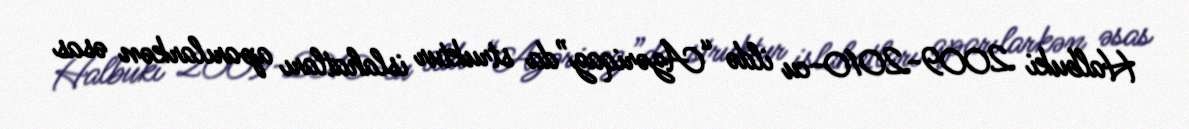
Halbuki 2009-2010-cu ildə “Azəriqaz”da struktur islahatları aparılarkən əsas